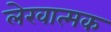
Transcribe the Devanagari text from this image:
लेखात्मक